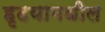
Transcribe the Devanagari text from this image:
हृदयामधील